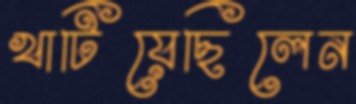
খাটিয়েছিলেন